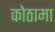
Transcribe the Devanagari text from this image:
कोठामा